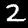
Label: 2